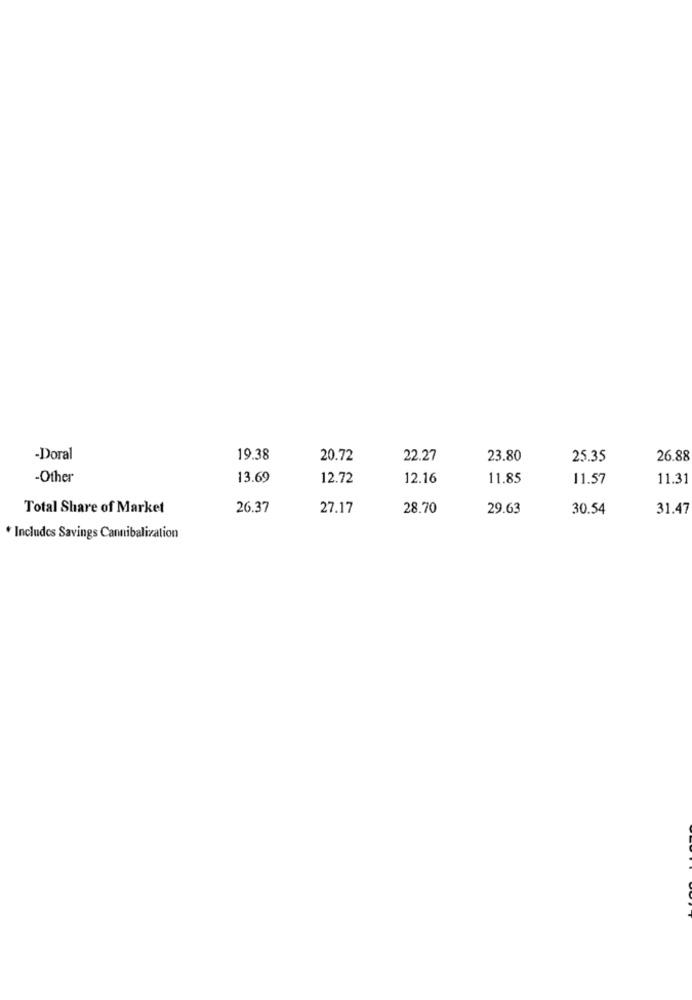
-Doral
19.38
20.72
22.27
23.80
25.35
26.88
-Other
13.69
12.72
12.16
11.85
11.57
11.31
Total Share of Market
26.37
27.17
28.70
29.63
30.54
31.47
* Includes Savings Cannibalization